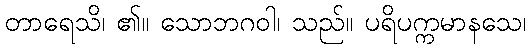
တာရေသိ၊ ၏။ သောဘဂဝါ၊ သည်။ ပရိပက္ကမာနသေ၊